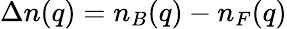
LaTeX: \Delta n(q)=n_{B}(q)-n_{F}(q)